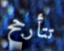
تتأرجح